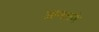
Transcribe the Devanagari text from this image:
आमलके